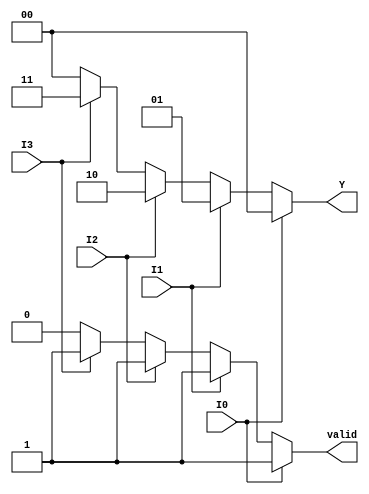
module priority_encoder (
    input wire I0,    // Input 0 (Highest Priority)
    input wire I1,    // Input 1
    input wire I2,    // Input 2
    input wire I3,    // Input 3 (Lowest Priority)
    output reg [1:0] Y, // Output for the binary representation of the highest priority active input
    output reg valid // Valid flag to indicate if any input is active
);

// Always block for combinational logic
always @(*) begin
    // Default values
    Y = 2'b00; // Default output (no active input)
    valid = 1'b0; // Default valid output (no active input)
    
    // Priority encoding logic
    if (I0) begin
        Y = 2'b00; // If I0 is active, output is 00
        valid = 1'b1; // Set valid to indicate an active input
    end else if (I1) begin
        Y = 2'b01; // If I1 is active and I0 is not, output is 01
        valid = 1'b1; // Set valid to indicate an active input
    end else if (I2) begin
        Y = 2'b10; // If I2 is active and I0, I1 are not, output is 10
        valid = 1'b1; // Set valid to indicate an active input
    end else if (I3) begin
        Y = 2'b11; // If I3 is active and I0, I1, I2 are not, output is 11
        valid = 1'b1; // Set valid to indicate an active input
    end
end

endmodule